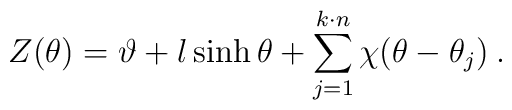
Z(\theta )=\vartheta +l\sinh \theta +\sum ^{k\cdot n}_{j=1}\chi (\theta -\theta _{j})\: .